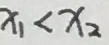
x _ { 1 } < x _ { 2 }